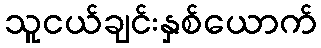
သူငယ်ချင်းနှစ်ယောက်